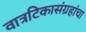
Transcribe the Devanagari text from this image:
वात्रटिकासंग्रहांचा